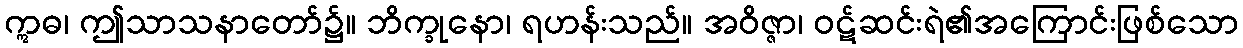
ဣဓ၊ ဤသာသနာတော်၌။ ဘိက္ခုနော၊ ရဟန်းသည်။ အဝိဇ္ဇာ၊ ဝဋ်ဆင်းရဲ၏အကြောင်းဖြစ်သော